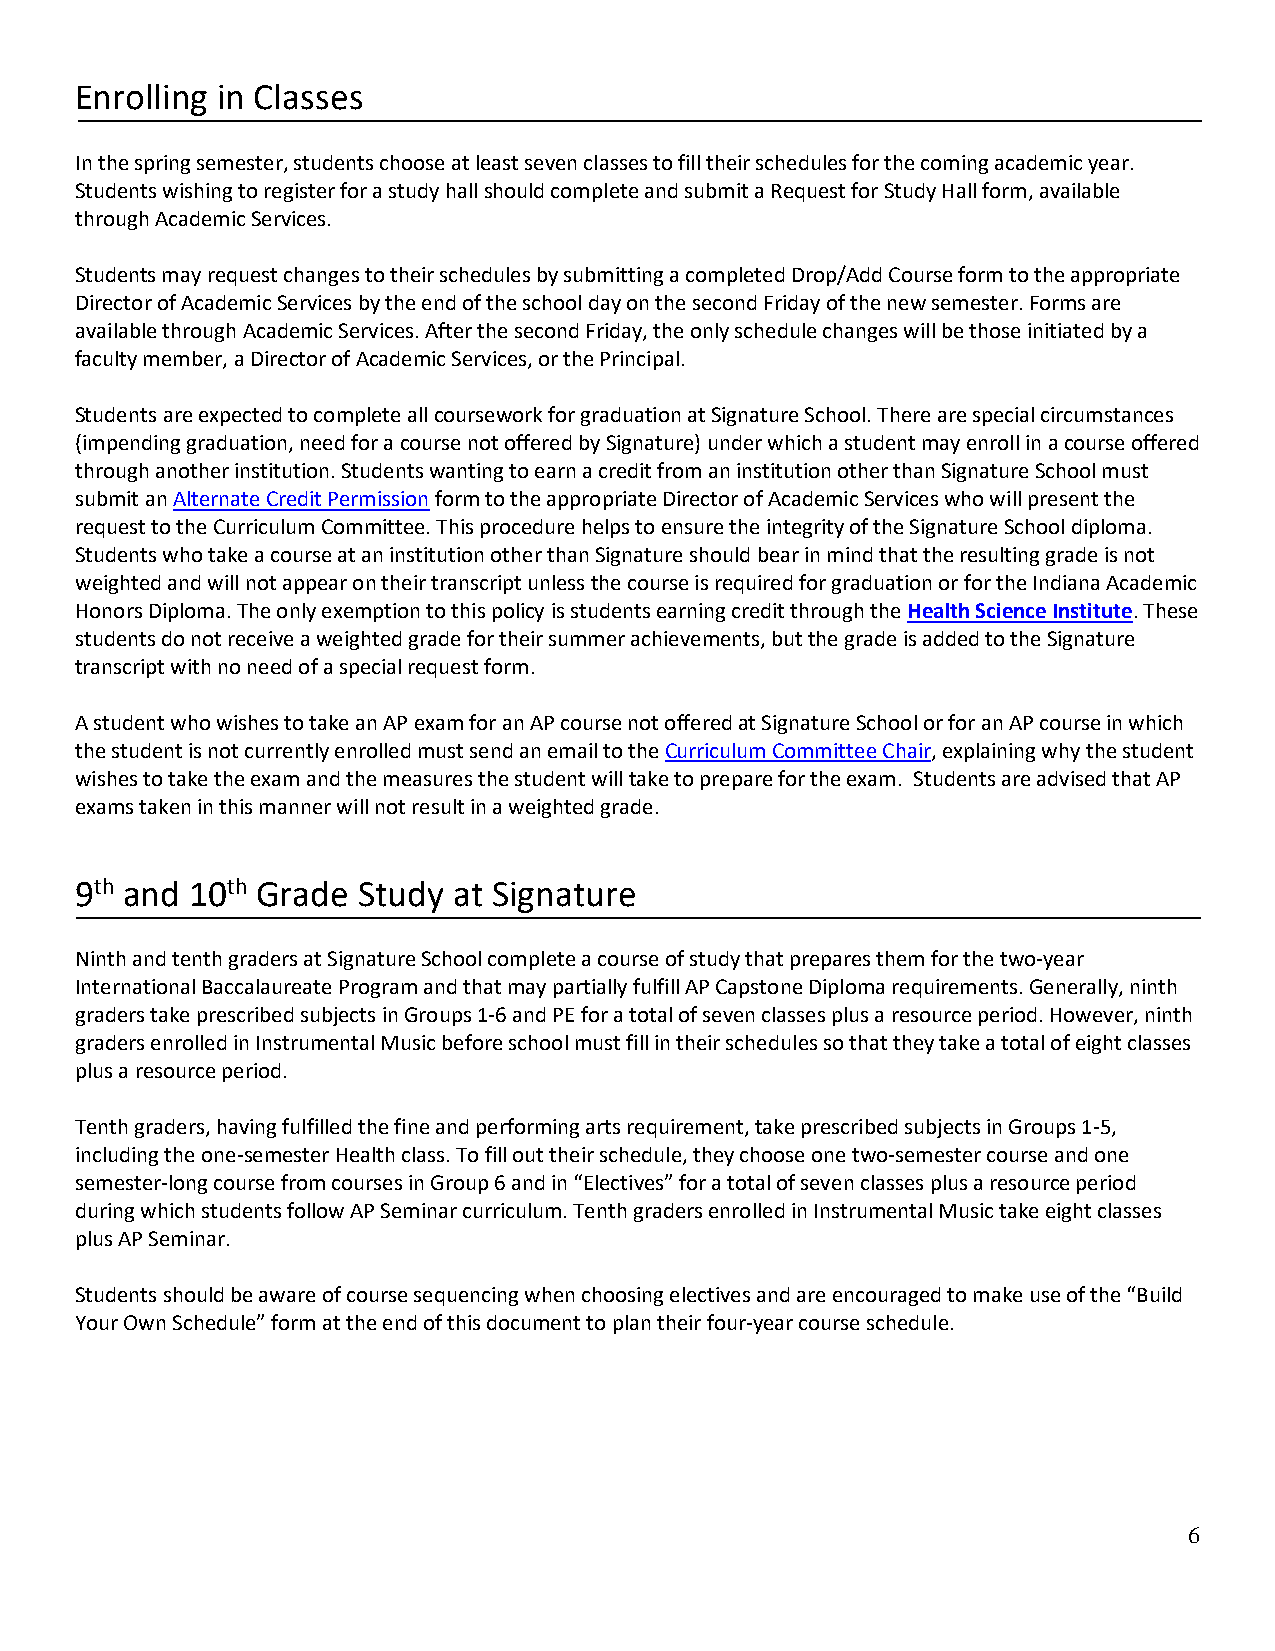
Enrolling in Classes
 In the spring semester, students choose at least seven classes to fill their schedules for the coming academic year.
 Students wishing to register for a study hall should complete and submit a Request for Study Hall form, available
 through Academic Services.
 Students may request changes to their schedules by submitting a completed Drop/Add Course form to the appropriate
 Director of Academic Services by the end of the school day on the second Friday of the new semester. Forms are
 available through Academic Services. After the second Friday, the only schedule changes will be those initiated by a
 faculty member, a Director of Academic Services, or the Principal.
 Students are expected to complete all coursework for graduation at Signature School. There are special circumstances
 (impending graduation, need for a course not offered by Signature) under which a student may enroll in a course offered
 through another institution. Students wanting to earn a credit from an institution other than Signature School must
 submit an Alternate Credit Permission form to the appropriate Director of Academic Services who will present the
 request to the Curriculum Committee. This procedure helps to ensure the integrity of the Signature School diploma.
 Students who take a course at an institution other than Signature should bear in mind that the resulting grade is not
 weighted and will not appear on their transcript unless the course is required for graduation or for the Indiana Academic
 Honors Diploma. The only exemption to this policy is students earning credit through the Health Science Institute. These
 students do not receive a weighted grade for their summer achievements, but the grade is added to the Signature
 transcript with no need of a special request form.
 A student who wishes to take an AP exam for an AP course not offered at Signature School or for an AP course in which
 the student is not currently enrolled must send an email to the Curriculum Committee Chair, explaining why the student
 wishes to take the exam and the measures the student will take to prepare for the exam. Students are advised that AP
 exams taken in this manner will not result in a weighted grade.
 9th and 10th Grade Study at Signature
 Ninth and tenth graders at Signature School complete a course of study that prepares them for the two-year
 International Baccalaureate Program and that may partially fulfill AP Capstone Diploma requirements. Generally, ninth
 graders take prescribed subjects in Groups 1-6 and PE for a total of seven classes plus a resource period. However, ninth
 graders enrolled in Instrumental Music before school must fill in their schedules so that they take a total of eight classes
 plus a resource period.
 Tenth graders, having fulfilled the fine and performing arts requirement, take prescribed subjects in Groups 1-5,
 including the one-semester Health class. To fill out their schedule, they choose one two-semester course and one
 semester-long course from courses in Group 6 and in “Electives” for a total of seven classes plus a resource period
 during which students follow AP Seminar curriculum. Tenth graders enrolled in Instrumental Music take eight classes
 plus AP Seminar.
 Students should be aware of course sequencing when choosing electives and are encouraged to make use of the “Build
 Your Own Schedule” form at the end of this document to plan their four-year course schedule.
 6